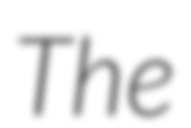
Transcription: The